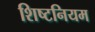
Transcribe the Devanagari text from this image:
शिष्टनियम